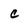
Character: c